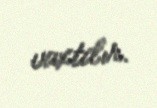
vaxtdır.